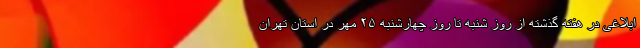
ابلاغی در هفته گذشته از روز شنبه تا روز چهارشنبه ۲۵ مهر در استان تهران